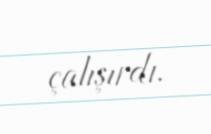
çalışırdı.